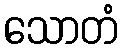
သောတံ